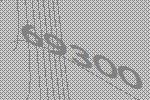
69300